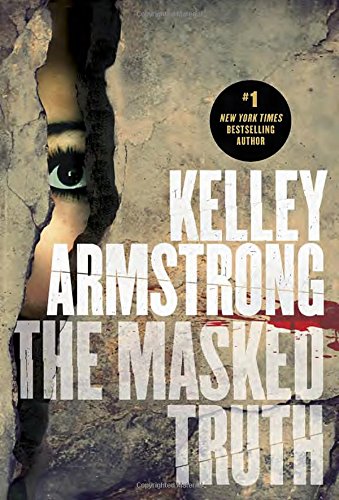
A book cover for The Masked Truth; Kelley Armstrong; Teen & Young Adult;